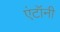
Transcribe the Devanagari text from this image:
एंटॉनी